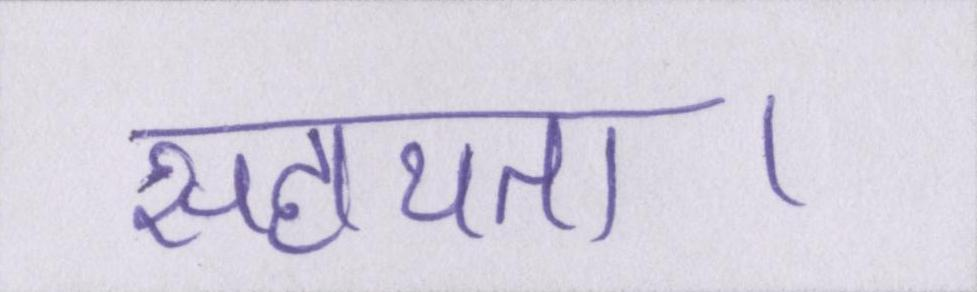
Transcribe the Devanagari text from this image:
सहायता।